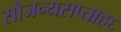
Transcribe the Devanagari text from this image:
सौजन्यसप्ताह६